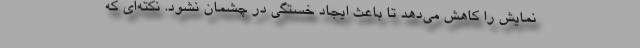
نمایش را کاهش می‌دهد تا باعث ایجاد خستگی در چشمان نشود. نکته‌ای که